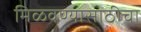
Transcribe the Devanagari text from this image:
मिळवण्यासाठीचा